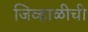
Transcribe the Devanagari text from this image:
जिव्हाळीची